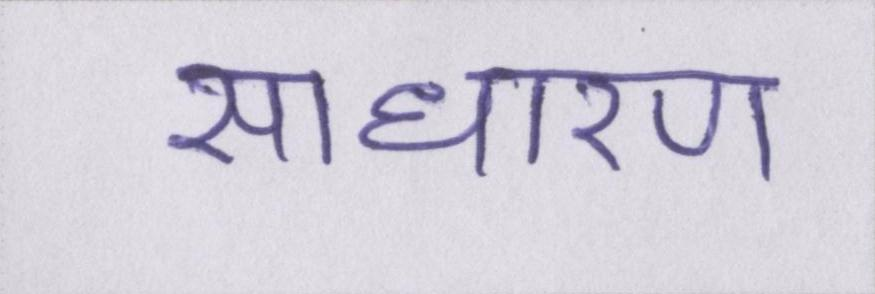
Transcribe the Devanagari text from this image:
साधारण